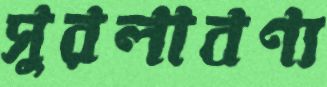
সুরলাবণ্য